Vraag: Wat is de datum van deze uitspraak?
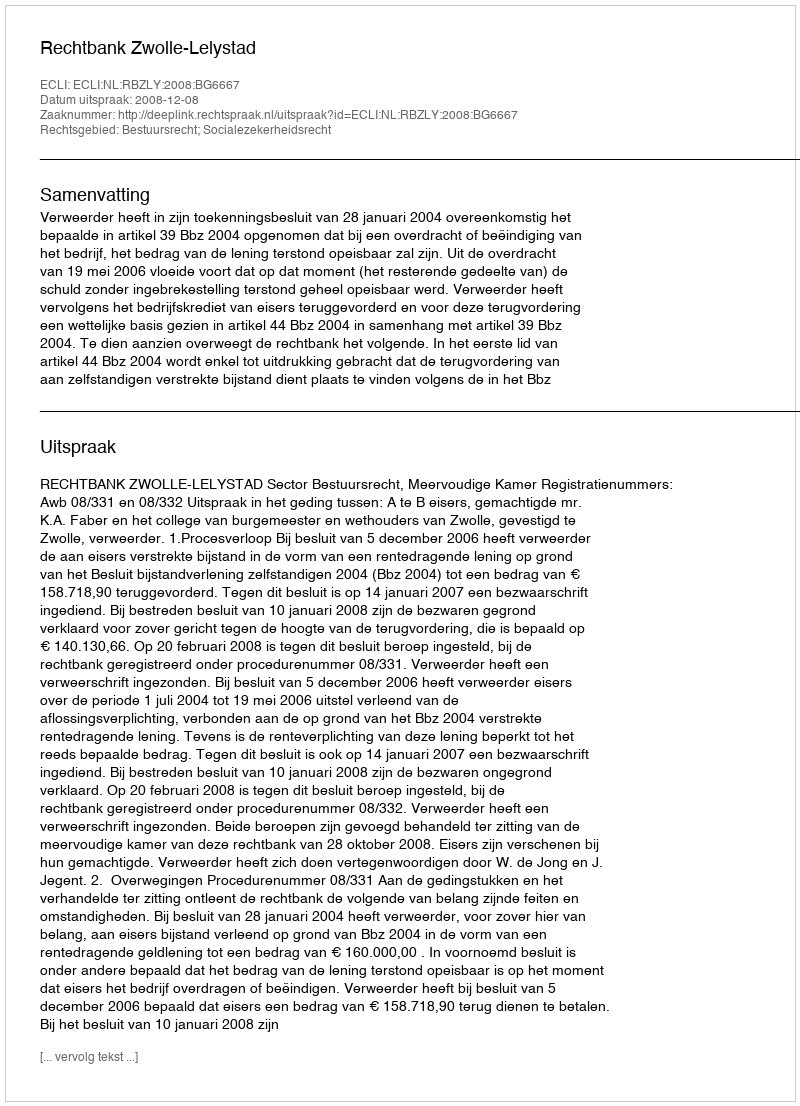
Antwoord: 2008-12-08